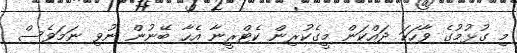
މި ގުޅުމުގެ ވާހަކަ ދައްކަން މީގެކުރިން ކެޓްރީނާ އެހާ ބޭނުން ނުވި ނަމަވެސް